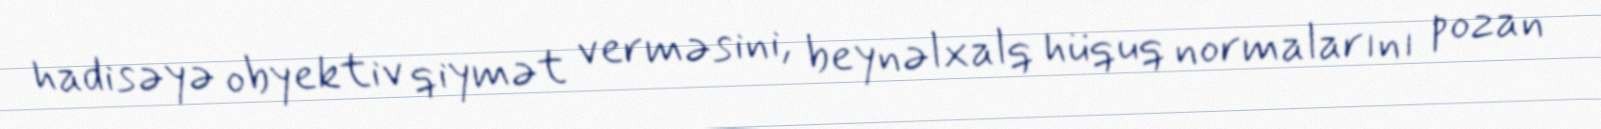
hadisəyə obyektiv qiymət verməsini, beynəlxalq hüquq normalarını pozan